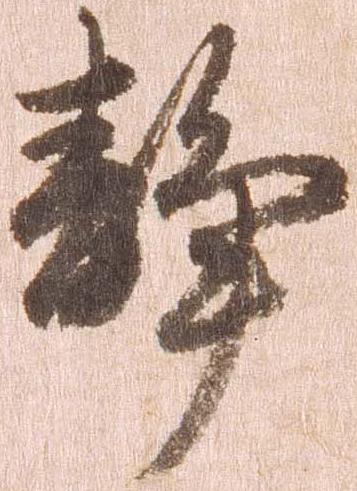
静